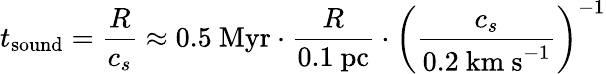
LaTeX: t_{\mathrm{sound}}={\frac{R}{c_{s}}}\approx 0.5{\mathrm{~Myr}}\cdot{\frac{R}{0.1{\mathrm{~pc}}}}\cdot\left({\frac{c_{s}}{0.2{\mathrm{~km~s}}^{-1}}}\right)^{-1}